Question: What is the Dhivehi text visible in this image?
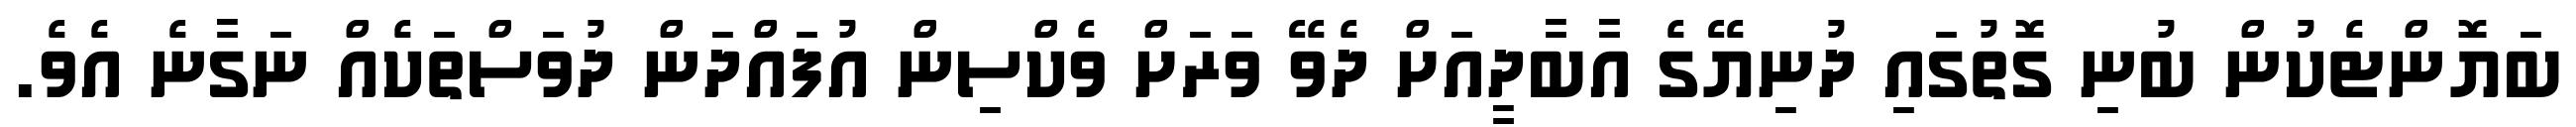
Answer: ބަޔޮންޓެކުން ބުނި ގޮތުގައި ދުނިޔޭގެ އާބާދީއަށް ދެވޭ ވަރަށް ވެކްސިން އުފައްދަން ދުވަސްތަކެއް ނަގާނެ އެވެ.